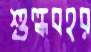
শুল্কবহর